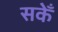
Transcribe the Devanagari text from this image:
सकेँ